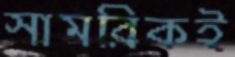
সামরিকই